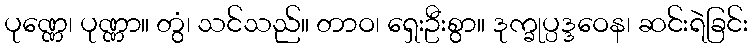
ပုဏ္ဏေ၊ ပုဏ္ဏာ။ တွံ၊ သင်သည်။ တာဝ၊ ရှေးဦးစွာ။ ဒုက္ခုပ္ပဒ္ဒဝေန၊ ဆင်းရဲခြင်း